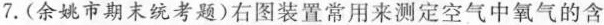
7.(余姚市期末统考题)右图装置常用来测定空气中氧气的含